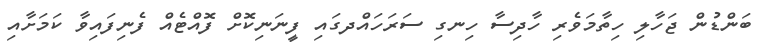
ބަންޑުން ޖަހާލި ހިތާމަވެރި ހާދިސާ ހިނގި ސަރަހައްދގައި ފީނަނިކޮށް ފޮއްޓެއް ފެނިފައިވާ ކަމަށާއި